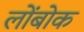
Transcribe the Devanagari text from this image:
लोंबोक